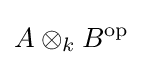
A\otimes _{k}B^{\text{op}}